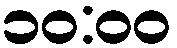
၁၀:၀၀